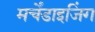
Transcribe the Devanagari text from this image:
मर्चेंडाइजिंग